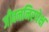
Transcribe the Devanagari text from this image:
जीवननिरपेक्ष